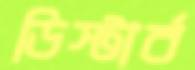
ডিস্টার্ব